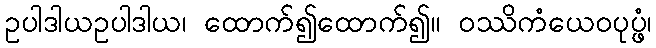
ဥပါဒါယဥပါဒါယ၊ ထောက်၍ထောက်၍။ ဝဿိကံယေဝပုပ္ဖံ၊